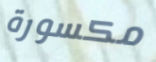
مكسورة